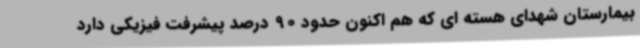
بیمارستان شهدای هسته ای که هم اکنون حدود 90 درصد پیشرفت فیزیکی دارد